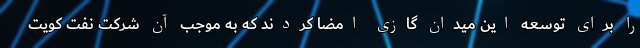
را برای توسعه این میدان گازی امضا کردند که به موجب آن شرکت نفت کویت